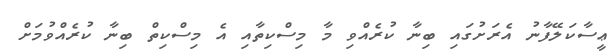
ޢީސާކަލޭފާނު އެރަށުގައި ބިނާ ކުރެއްވި މާ މިސްކިތާއި އެ މިސްކިތް ބިނާ ކުރެއްވުމަށް